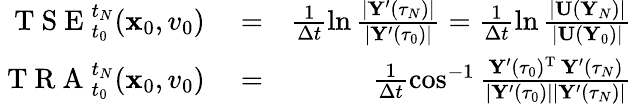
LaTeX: \begin{array}{rlr}{\mathrm{~T~S~E~}_{t_{0}}^{t_{N}}({\mathbf x}_{0},v_{0})}&{{}=}&{\frac{1}{\Delta t}\ln\frac{|{\mathbf Y}^{\prime}(\tau_{N})|}{|{\mathbf Y}^{\prime}(\tau_{0})|}=\frac{1}{\Delta t}\ln\frac{|{\mathbf U}({\mathbf Y}_{N})|}{|{\mathbf U}({\mathbf Y}_{0})|}}\\ {\mathrm{~T~R~A~}_{t_{0}}^{t_{N}}({\mathbf x}_{0},v_{0})}&{{}=}&{\frac{1}{\Delta t}\cos^{-1}\frac{{\mathbf Y}^{\prime}(\tau_{0})^{{\mathrm T}}\, {\mathbf Y}^{\prime}(\tau_{N})}{|{\mathbf Y}^{\prime}(\tau_{0})||{\mathbf Y}^{\prime}(\tau_{N})|}}\end{array}